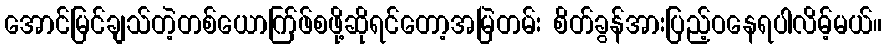
အောင်မြင်ချသ်တဲ့တစ်ယောက်ြဖ်စဖို့ဆိုရင်တော့အမြဲတမ်း စိတ်ခွန်အားပြည့်ဝနေရပါလိမ့်မယ်။